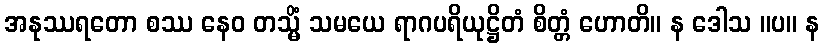
အနုဿရတော စဿ နေဝ တသ္မိံ သမယေ ရာဂပရိယုဋ္ဌိတံ စိတ္တံ ဟောတိ။ န ဒေါသ ။ပ။ န